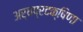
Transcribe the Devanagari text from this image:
अर्धप्रदक्षिणा